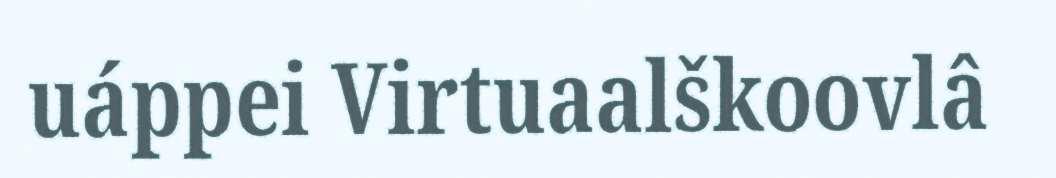
uáppei Virtuaalškoovlâ